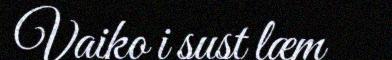
Vaiko i sust læm